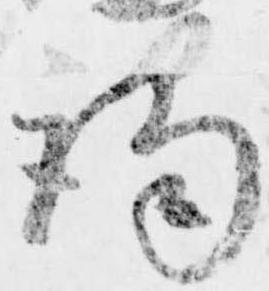
謁